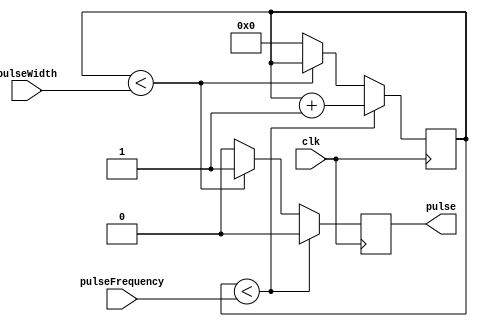
module SimplePulseGenerator (
    input wire clk,
    input wire [15:0] pulseWidth,
    input wire [15:0] pulseFrequency,
    output reg pulse
);

reg [15:0] counter;

always @(posedge clk) begin
    if (counter < pulseFrequency) begin
        pulse <= 1'b0;
        counter <= counter + 1'b1;
    end else begin
        if (counter < pulseWidth) begin
            pulse <= 1'b1;
        end else begin
            pulse <= 1'b0;
            counter <= 16'b0;
        end
    end
end

endmodule